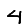
Digit: 4